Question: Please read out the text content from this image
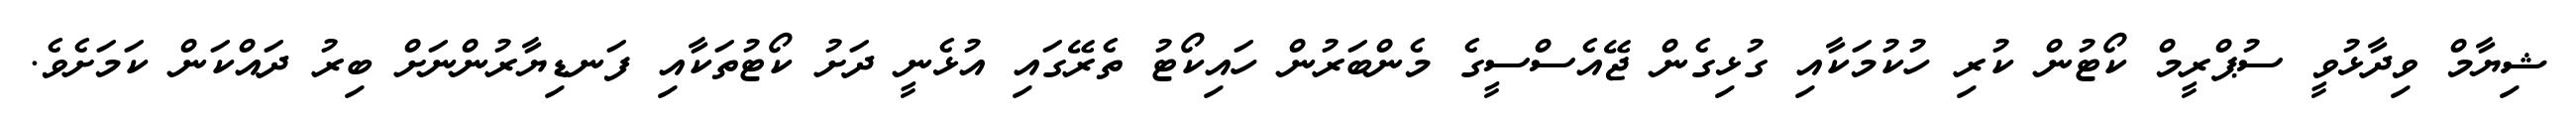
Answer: ޝިޔާމް ވިދާޅުވީ ސުޕްރީމް ކޯޓުން ކުރި ހުކުމަކާއި ގުޅިގެން ޖޭއެސްސީގެ މެންބަރުން ހައިކޯޓު ތެރޭގައި އުޅެނީ ދަށު ކޯޓުތަކާއި ފަނޑިޔާރުންނަށް ބިރު ދައްކަން ކަމަށެވެ.